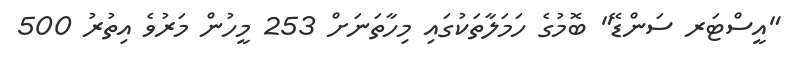
"އީސްޓަރ ސަންޑޭ" ބޮމުގެ ހަމަލާތަކުގައި މިހާތަނަށް 253 މީހުން މަރުވެ އިތުރު 500